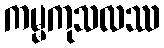
ကမ္မကုသလဿ